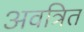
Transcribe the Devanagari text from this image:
अवत्रित